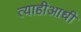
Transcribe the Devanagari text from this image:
त्याहीआधी